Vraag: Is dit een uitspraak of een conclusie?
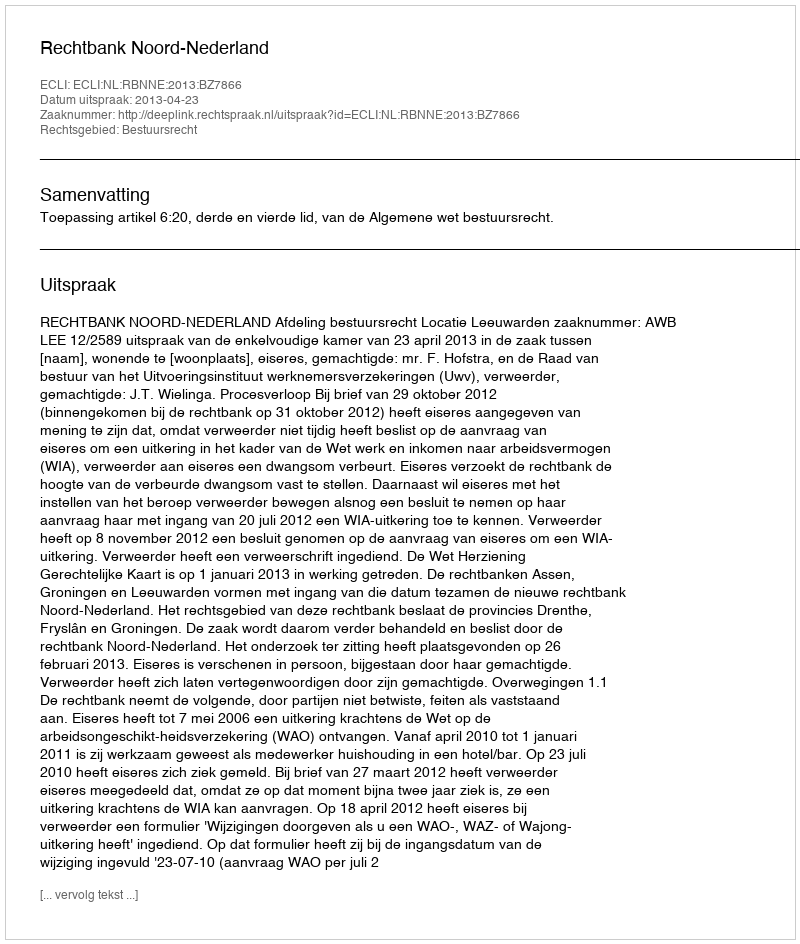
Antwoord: Uitspraak